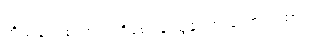
ကိုယ်ချင်းစာတရားရှိစေရန် ညွှန်ကြားသော ဂါထာ။